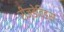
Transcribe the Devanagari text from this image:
रीज़डेविड्स